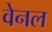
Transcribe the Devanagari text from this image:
वेनल